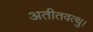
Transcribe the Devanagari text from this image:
अतीतवत्थु।